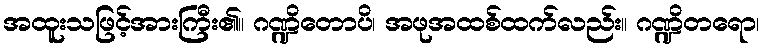
အထူးသဖြင့်အားကြီး၏။ ဂဏ္ဍိတောပိ၊ အဖုအထစ်ထက်လည်း။ ဂဏ္ဍိတရော၊